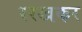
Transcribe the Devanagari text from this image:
ररखकर